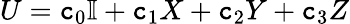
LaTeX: U=\mathtt{c}_{0}\mathbb{{I}}+\mathtt{c}_{1}X+\mathtt{c}_{2}Y+\mathtt{c}_{3}Z